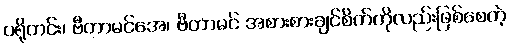
ပရိုတင်း၊ ဗီတာမင်အေ၊ ဗီတာမင် အစားစားချင်စိတ်ကိုလည်းဖြစ်စေတဲ့